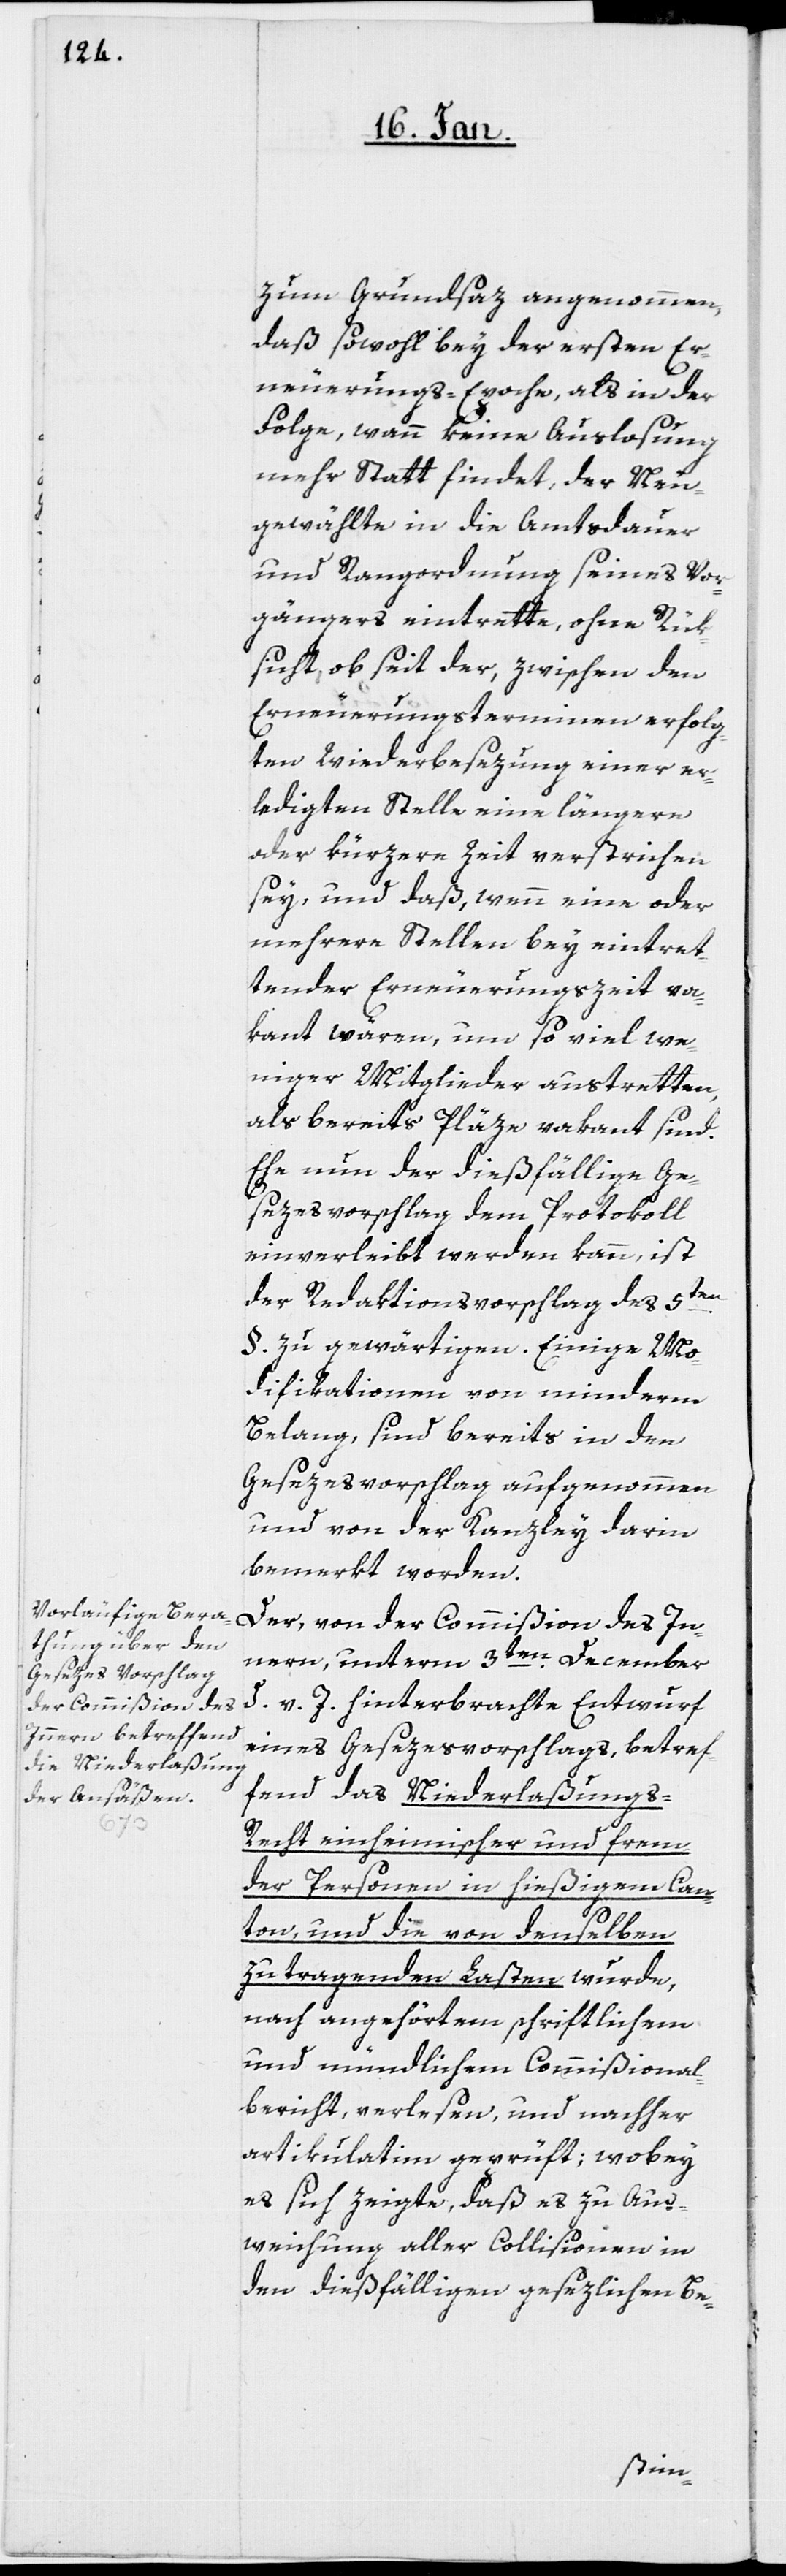
zum Grundsaz angenommen,
daß sowohl bey der ersten Er¬
neuerungs-Epoche, als in der
Folge, wann keine Auslosung
mehr Statt findet, der Neu¬
gewählte in die Amtsdauer
und Rangordnung seines Vor¬
gängers eintrette, ohne Rük¬
sicht, ob seit der, zwischen den
Erneuerungsterminen erfolg¬
ten Wiederbesezung einer er¬
ledigten Stelle, eine längere
oder kürzere Zeit verstrichen
sey, und daß, wenn eine oder
mehrere Stellen bey eintret¬
tender Erneuerungszeit va¬
kant wären, um so viel we¬
niger Mitglieder austretten,
als bereits Pläze vakant sind.
Ehe nun der dießfällige Ge¬
sezesvorschlag dem Protokoll
einverleibt werden kann, ist
der Redaktionsvorschlag des 5ten.
§. zu gewärtigen. Einige Mo¬
difikationen von minderm
Belang, sind bereits in den
Gesezesvorschlag aufgenommen
und von der Kanzley darin
bemerkt worden.
Der, von der Commißion des In¬
nern, unterm 3ten. December
d. v. J. hinterbrachte Entwurf
eines Gesezesvorschlags, betref¬
fend das Niederlaßungs-R¬
echt einheimischer und frem¬
der Personen in hießigem Can¬
ton, und die von denselben
zu tragenden Lasten wurde,
nach angehörtem schriftlichem
und mündlichem Commißional¬
bericht, verlesen, und nachher
artikulatim geprüft; wobey
es sich zeigte, daß es zu Aus¬
weichung aller Collisionen in
den dießfälligen gesezlichen Be-